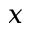
x